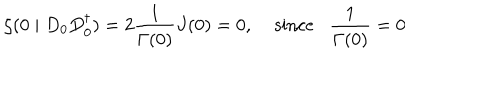
\zeta ( 0 \mid D _ { 0 } D _ { 0 } ^ { \dagger } ) = 2 \frac { 1 } { \Gamma ( 0 ) } J ( 0 ) = 0 , \; \mathrm { s i n c e } \frac { 1 } { \Gamma ( 0 ) } = 0